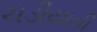
ચડીયાતી